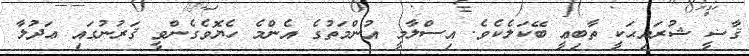
ޤާޟީ ޝުރައިޙަކީ ތާބިޢީ ބޭކަލެކެވެ. އިސްލާމީ އުންމަތުގެ އެންމެ ހެޔޮވެގެންވީ ޤަރުނުގައި ޢަދުލާ